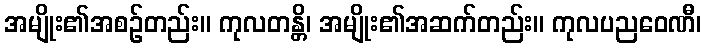
အမျိုး၏အစဉ်တည်း။ ကုလတန္တိ၊ အမျိုး၏အဆက်တည်း။ ကုလပညဝေဏီ၊